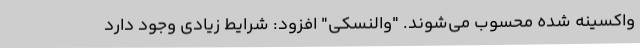
واکسینه شده محسوب می‌شوند. "والنسکی" افزود: شرایط زیادی وجود دارد